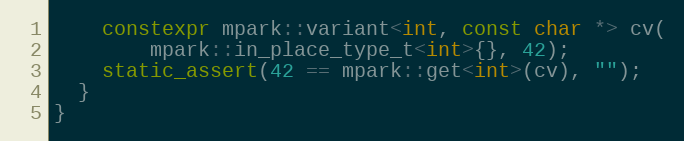
Language: C++
    constexpr mpark::variant<int, const char *> cv(
        mpark::in_place_type_t<int>{}, 42);
    static_assert(42 == mpark::get<int>(cv), "");
  }
}